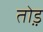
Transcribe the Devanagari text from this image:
तो़ड़